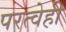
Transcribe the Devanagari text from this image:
परत्वेही